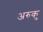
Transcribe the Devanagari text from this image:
अरुकु